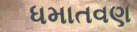
ધમાતવણ